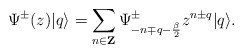
\begin{align*}\Psi^{\pm}(z) |q \rangle = \sum_{n \in {\bf Z}}\Psi^{\pm}_{-n \mp q -{\beta \over 2 } } z^{n \pm q } |q \rangle.\end{align*}